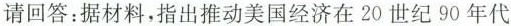
请回答：据材料，指出推动美国经济在20世纪90年代